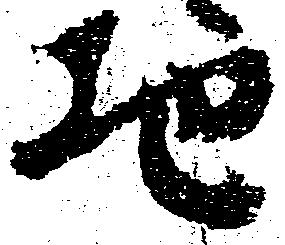
地